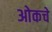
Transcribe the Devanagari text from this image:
ओकचे